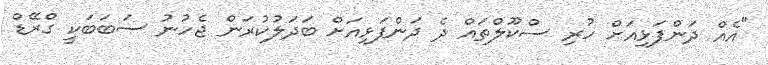
"އެއް ދަންފަޅިއަށް ހުރި ސްކޫލްތައް ދެ ދަންފަޅިއަށް ބަދަލުކުރަން ޖެހުނު ސަބަބަކީ ގްރޭޑް